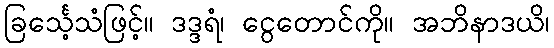
ခြင်္သေ့သံဖြင့်။ ဒဒ္ဒရံ၊ ငွေတောင်ကို။ အဘိနာဒယိ၊